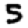
Digit: 5